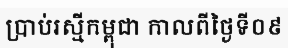
ប្រាប់រស្មីកម្ពុជា កាលពីថ្ងៃទី០៩